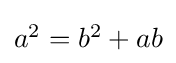
\textstyle a^{2}=b^{2}+ab